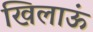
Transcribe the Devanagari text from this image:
खिलाऊं